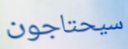
سيحتاجون